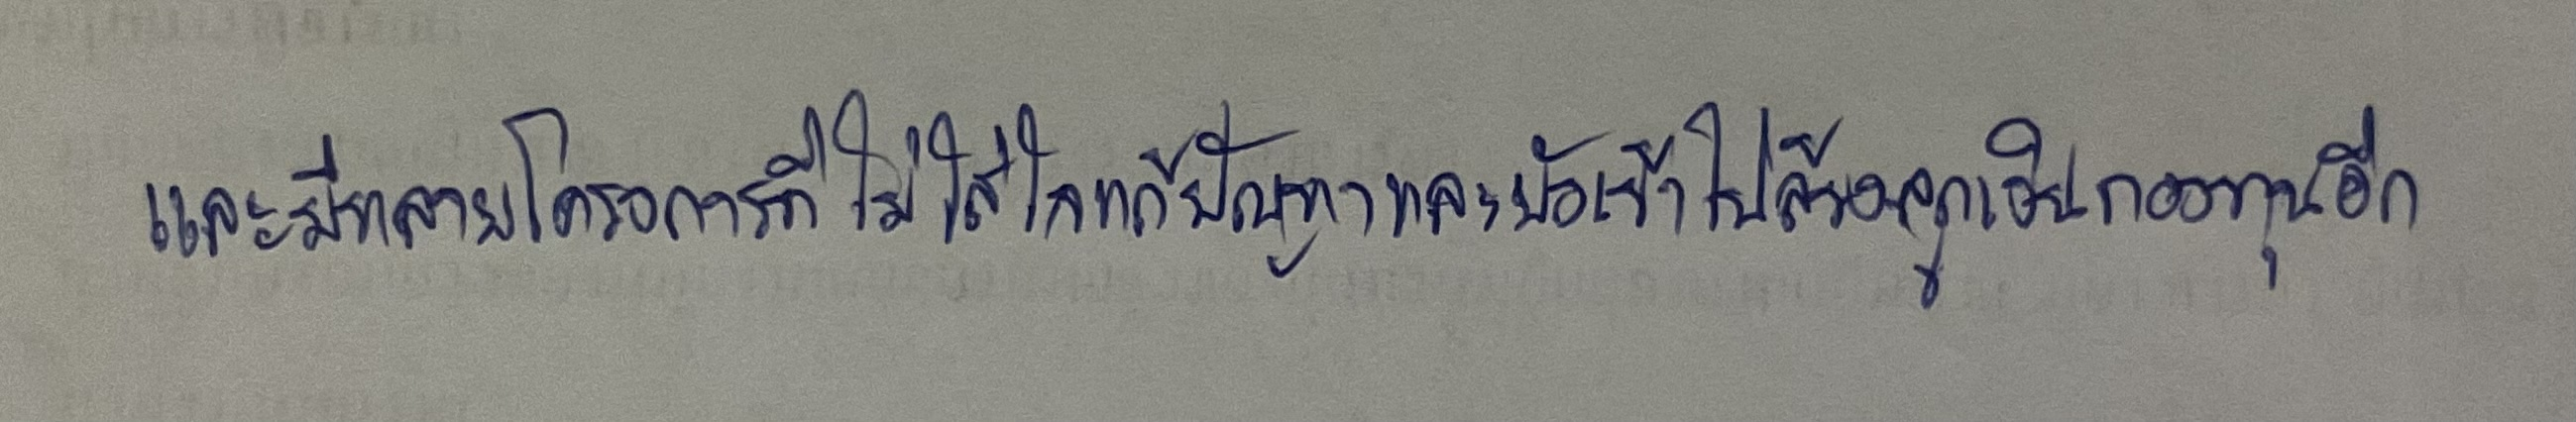
และมีหลายโครงการที่ไม่ใส่ใจแก้ปัญหาและยังเข้าไปล้วงลูกเงินกองทุนอีก